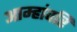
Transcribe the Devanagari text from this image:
आम्हांवरि